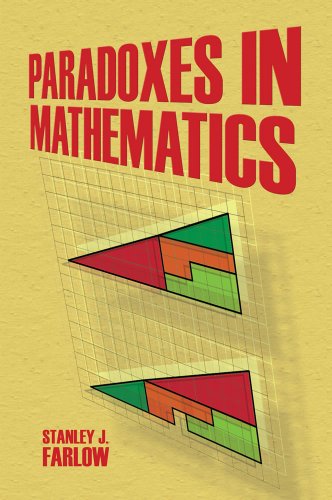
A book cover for Paradoxes in Mathematics (Dover Books on Mathematics); Stanley  J. Farlow; Humor & Entertainment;